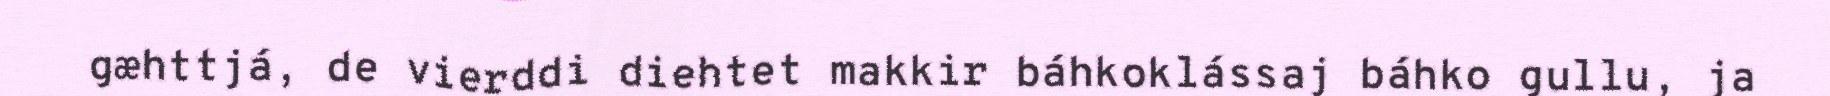
gæhttjá, de vierddi diehtet makkir báhkoklássaj báhko gullu, ja